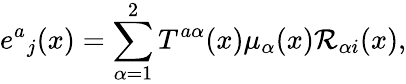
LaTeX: {e^{a}}_{j}(x)=\sum_{\alpha=1}^{2}T^{a\alpha}(x)\mu_{\alpha}(x){\cal R}_{\alpha i}(x),